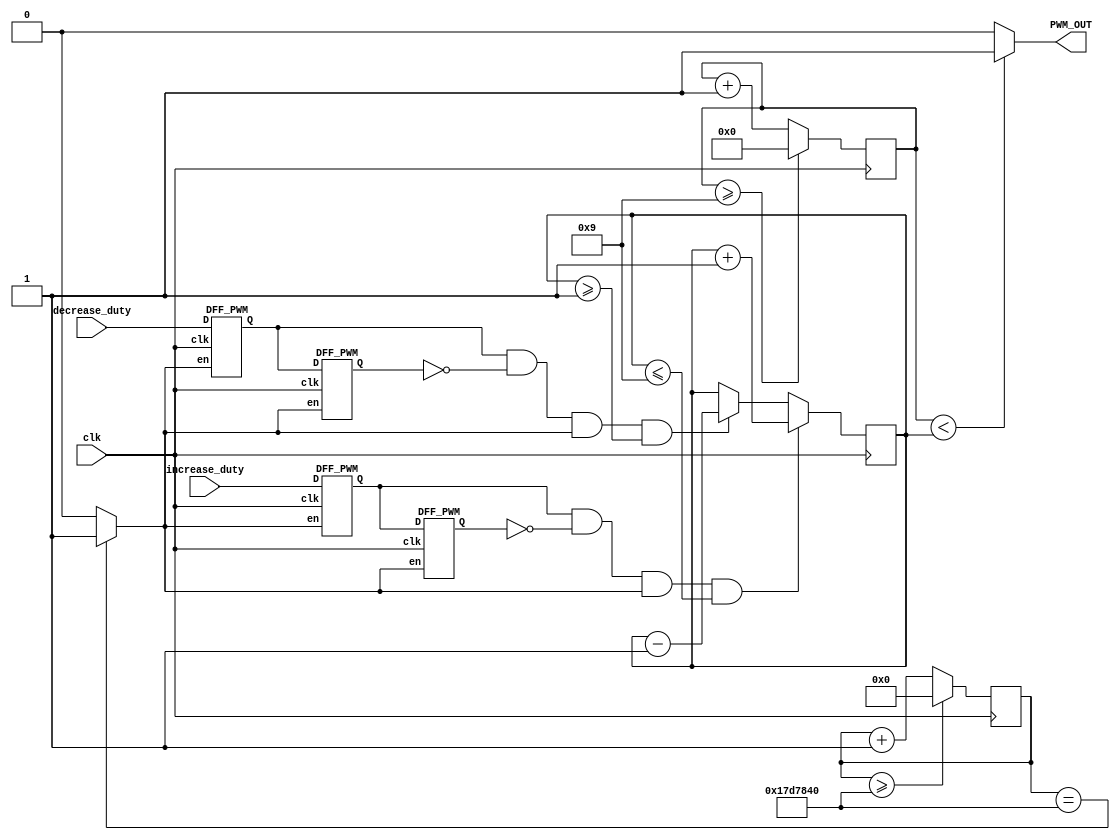
module PWM_Generator_Verilog
 (
 clk, // 100MHz clock input 
 increase_duty, // input to increase 10% duty cycle 
 decrease_duty, // input to decrease 10% duty cycle 
 PWM_OUT // 10MHz PWM output signal 
    );
 input clk;
 input increase_duty;
 input decrease_duty;
 output PWM_OUT;
 wire slow_clk_enable; // slow clock enable signal for debouncing FFs
 reg[27:0] counter_debounce=0;// counter for creating slow clock enable signals 
 wire tmp1,tmp2,duty_inc;// temporary flip-flop signals for debouncing the increasing button
 wire tmp3,tmp4,duty_dec;// temporary flip-flop signals for debouncing the decreasing button
 reg[3:0] counter_PWM=0;// counter for creating 10Mhz PWM signal
 reg[3:0] DUTY_CYCLE=5; // initial duty cycle is 50%

  // Debouncing 2 buttons for inc/dec duty cycle 
  // Firstly generate slow clock enable for debouncing flip-flop (4Hz)
 always @(posedge clk)
 begin
   counter_debounce <= counter_debounce + 1;
   if(counter_debounce>=25000000)   
   // for running on FPGA -- comment when running simulation
   //if(counter_debounce>=1) 
   // for running simulation -- comment when running on FPGA
    counter_debounce <= 0;
 end
 assign slow_clk_enable = counter_debounce == 25000000 ?1:0;
 // for running on FPGA -- comment when running simulation 
 //assign slow_clk_enable = counter_debounce == 1 ?1:0;
 // for running simulation -- comment when running on FPGA
 // debouncing FFs for increasing button
 DFF_PWM PWM_DFF1(clk,slow_clk_enable,increase_duty,tmp1);
 DFF_PWM PWM_DFF2(clk,slow_clk_enable,tmp1, tmp2); 
 assign duty_inc =  tmp1 & (~ tmp2) & slow_clk_enable;
 // debouncing FFs for decreasing button
 DFF_PWM PWM_DFF3(clk,slow_clk_enable,decrease_duty, tmp3);
 DFF_PWM PWM_DFF4(clk,slow_clk_enable,tmp3, tmp4); 
 assign duty_dec =  tmp3 & (~ tmp4) & slow_clk_enable;
 // vary the duty cycle using the debounced buttons above
 always @(posedge clk)
 begin
   if(duty_inc==1 && DUTY_CYCLE <= 9) 
    DUTY_CYCLE <= DUTY_CYCLE + 1;// increase duty cycle by 10%
   else if(duty_dec==1 && DUTY_CYCLE>=1) 
    DUTY_CYCLE <= DUTY_CYCLE - 1;//decrease duty cycle by 10%
 end 
// Create 10MHz PWM signal with variable duty cycle controlled by 2 buttons 
 always @(posedge clk)
 begin
   counter_PWM <= counter_PWM + 1;
   if(counter_PWM>=9) 
    counter_PWM <= 0;
 end
 assign PWM_OUT = counter_PWM < DUTY_CYCLE ? 1:0;
endmodule
// Debouncing DFFs for push buttons on FPGA
module DFF_PWM(clk,en,D,Q);
input clk,en,D;
output reg Q;
always @(posedge clk)
begin 
 if(en==1) // slow clock enable signal 
  Q <= D;
end 
endmodule